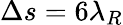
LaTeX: \Delta s=6\lambda_{R}